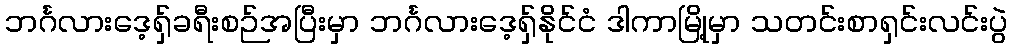
ဘင်္ဂလားဒေ့ရှ်ခရီးစဉ်အပြီးမှာ ဘင်္ဂလားဒေ့ရှ်နိုင်ငံ ဒါကာမြို့မှာ သတင်းစာရှင်းလင်းပွဲ